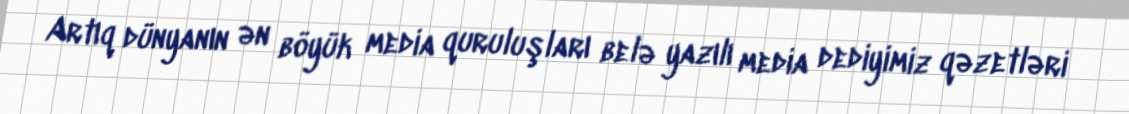
Artıq dünyanın ən böyük media quruluşları belə yazılı media dediyimiz qəzetləri